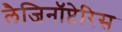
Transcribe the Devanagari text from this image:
लैजिनॉप्टेरिस